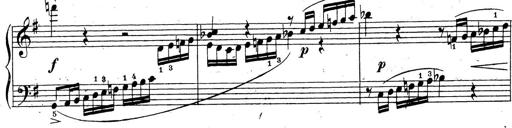
Title: 10 Sonatinas
Composer: Fritz Spindler